Vital statistics of India. Vol. V, Reports of 1876 on armies & jails and on epidemic cholera
Year: 1876
Disease focus: Cholera
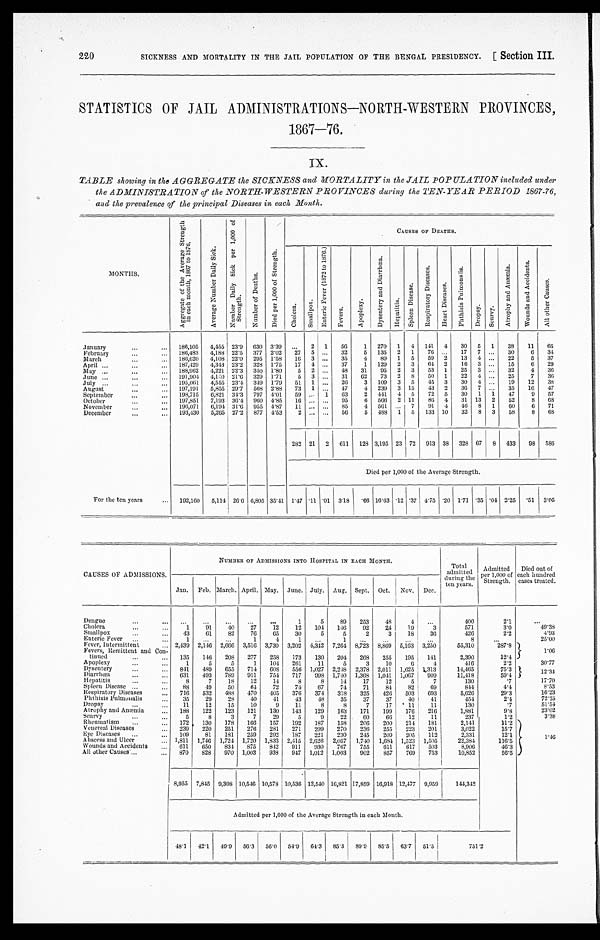
SICKNESS AND MORTALITY IN THE JAIL POPULATION OF THE BENGAL PRESIDENCY. [ Section III.
220
STATISTICS OF JAIL ADMINISTRATIONS—NORTH—WESTERN PROVINCES,
1867-76.
IX.
TABLE showing in the AGGREGATE the SICKNESS and MORTALITY in the JAIL POPULATION included under
the ADMINISTRATION of the NORTH-WESTERN PROVINCES during the TEN-YEAR PERIOD 1867-76,
a n d t h e p r e v a l e n c e o f t h e p r i n c i p a l D i s e a s e s i n e a c h M o n t h .
MONTHS.
A g g r e g a t e o f t h e A v e r a g e S t r e n g t h i n e a c h m o n t h , 1 8 6 7 t o 1 8 7 6 .
A v e r a g e N u m b e r D a i l y S i c k .
N u m b e r D a i l y S i c k p e r 1 , 0 0 0 o f S t r e n g t h .
N u m b e r o f D e a t h s .
D i e d p e r 1 , 0 0 0 o f S t r e n g t h .
C A U S E S O F D E A T H S .
Chol era.
S m a l l p o x .
E n t e r i c F e v e r ( 1 8 7 2 t o 1 8 7 6 . )
F e v e r s . A p o p l e x y .
D y s e n t e r y a n d D i a r r h œ a .
H e p a t i t i s .
S p l e e n D i s e a s e .
R e s p i r a t o r y D i s e a s e s .
H e a r t D i s e a s e s .
P h t h i s i s P u l m o n a l i s .
D r o p s y . S c u r v y .
A t r o p h y a n d A n æ m i a .
W o u n d s a n d A c c i d e n t s .
A l l o t h e r C a u s e s .
January
. . . . . . 186, 105 4, 455 23.9 630 3.39 . . . 2 1 56 1 270 1 4 141 4 30 5 1 38 11 65
February ...
. . . 186,483 4, 188 22.5 377 2.02 27 5 ... 32 5 135 2 1 76 . . . 17 7 . . . 30 6 34
March
. . .
. . . 186,620 4, 108 22.0 295 1.58 16 3 ... 35 4 89 1 5 59 2 13 4 . . . 22 5 37
Apri l ... ...
. . . 187, 429 4, 343 23.2 328 1.75 17 4 ... 37 1 129 2 3 64 2 16 3 ... 15 6 29
May ...
. . . . . . 188,962 4, 221 22.3 340 1.80 5 2 ... 4 8 31 95 2 3 53 1 25 3 . . . 32 4 36
June . . .
. . . ... 191, 904 4,150 21.6 329 1. 71 5 3 ... 31 62 73 2 8 50 1 22 4 ... 25 7 36
Jul y ...
. . .
. . . 195,061 4, 555 23.4 349 1.79 51 1 ... 2 6 3 109 3 5 45 3 30 4 . . . 19 12 38
August
. . .
. . . 197,191 5, 855 29.7 568 2.88 73 1 ... 47 4 239 3 15 43 2 36 7 ... 35 16 47
September
. . .
. . . 198, 715 6, 821 34.3 797 4.01 5 9 . . . 1 63 2 441 4 5 72 5 30 1 1 47 9 57
October
...
... 197, 851 7, 193 36.4 960 4.85 16 . . . ... 95 6 566 2 11 86 4 31 13 2 52 8 6 8
November
. . .
. . . 196, 071 6, 194 31. 6 955 4.87 11 ... ... 85 4 561 . . . 7 9 1 4 46 8 1 60 6 71
December
. . . . . . 193,430 5, 265 27.2 877 4.53 2 ... . . . 56 5 488 1 5 133 10 32 8 3 58 8 6 8
282 2 1 2 611 128 3, 195 23 72 913 38 328 67 8 433 98 586
Di e d p e r 1 , 0 0 0 o f t h e Av e r a g e S t r e n g t h .
For the ten years
. . . 192, 160 5, 114 26.6 6, 805 35.41 1.47 .11 .01 3.18 .66 16.63 .12 .37 4. 75 .20 1.71 .35 .04 2.25 .51 3 . 0 5
CAUSES OF ADMISSIONS.
N U M B E R O F A D M I S S I O N S I N T O H O S P I T A L I N E A C H M O N T H .
Total
admi tted
duri ng the
ten years.
Admi tted
per 1,000 of
Strength.
Di ed out of
each hundred c a s e s t r e a t e d .
Jan. Feb. March. Apri l . May. June. Jul y. Aug. Sept. Oct. Nov. Dec.
Dengue
. . .
. . . . . . . . . . . .
. . . . . . 1 5 89 253 48
4
. . . 400
2.1 ...
Chol era
. . .
. . . 1 91 40 27 12 12 104 146 92 24 19 3
571
3.0
49. 38
Smal l pox
. . . ... 43 61 82 76 65 30 5 5 2 3 18 36
4 2 6
2 . 2
4. 93
Enteri c Fever ...
. . . 1 . . . ... 1
4 1 . . . 1 . . . . . . .. . . . .
8 . . .
25. 00
Fever, Intermi ttent
... 2, 439 2,146 2,666 3, 516 3, 730 3, 202 4, 342 7, 264 8, 723 8, 869 5, 163 3, 250 55, 310
287.8
1 . 0 6
Fevers, Remi ttent and Con-
t i n u e d . . . . . .
135 146 208 277 258 173 130 204 268 255 195 141
2, 390
12.4
Apopl exy
. . .
. . . 1
5 5 1 104 261 11 5 3 10 6 4
416
2.2
30. 77
Dysentery ...
. . . 841 489 655 714 608 556 1, 027 2,248 2, 378 2, 011 1, 625 1, 313 14,465
75.3
1 2 . 3 4
Di arrhœa ...
. . . 631 493 789 911 754 717 998 1, 740 1,368 1, 041 1, 067 909 11,418
59.4
Hepatitis . . .
... 8 7 18 12
1 4 8 8 14 17 12 5 7
130
.7
17. 70
Spl een Di sease ...
... 88 49 50
6 4 72 74 67 74 71 84 82 69
844
4.4
8 . 5 3
Respi ratory Di seases . . . 716 532 488 470
4 0 5 376 374 318 325 426 503 693
5, 626
29.3
16. 23
Pht hi si s Pul monal i s
. . . 35 29 28 40 41 43 48 35 37 37 40 41
454
2 . 4
72. 25
Dropsy
. . . ...
1 1 12 15 10 9 11 8 8 7 17 11 11
130
.7
51. 54
At rophy and Anæmi a ... 188 122 123 121 130 143 129 163 171 199 176 216
1, 881
9.8
23. 02
Scurvy
. . .
. . . 5 8 3 7 29 5 9 22 60 66 12 11
237
1.2
3. 38
Rheumati sm . . .
. . . 172 130 178 166 157 192 187 158 206 200 214 181 2, 141
11.2
1. 46
Venereal Di seases
... 239 220 251 276 281 271 299 270 236 255 223 201
3, 022
15.7
Eye Di seases ...
. . . 109
8 1 181 259 292 187
2 2 1 230
2 4 5 209 205 112
2, 331
12.1
Abscess and Ul cer
. . . 1, 811 1,746 1,724 1, 720 1, 833 2, 415 2, 626 2, 057 1, 740 1,684 1, 523 1, 505 22, 384
116.5
Wounds and Acci dents . . . 611 650 834 875 842 911
9 3 0 767 755 611
6 1 7 503
8, 906
46.3
Al l other Causes . . . ... 870
8 2 8 970
1 , 0 0 3 938
9 4 7 1, 012 1, 003 902 857 769 753 10, 852
56.5
8, 955 7, 845 9, 308 10, 546 10, 578 10, 536 12, 540 16,821 17, 859 16, 918 12, 477 9, 959 144, 342
Admitted per 1,000 of the Average Strength in each Month.
48.1 42.1 49.9 56. 3 56.0 54.9 64.3 85.3 89.9 85.5 63. 7 51.5
751. 2